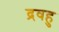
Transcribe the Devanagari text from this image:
द्रवहु